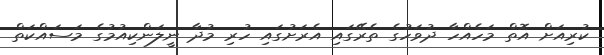
ކުރިއަށް އޮތް މަހެއްހާ ދުވަހުގެ ތެރޭގައި އެރަށުގައި ހުރި މުދާ ނީލަންކިއުމުގެ މަސައްކަތް